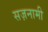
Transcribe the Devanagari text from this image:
सज़नामी